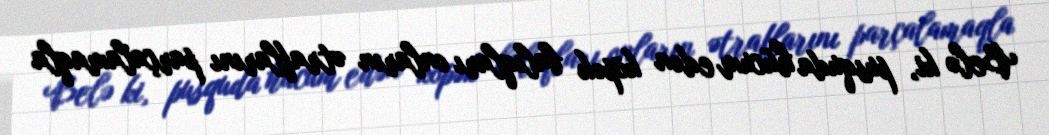
Belə ki, pusquda hücum edən köpək balıqları onların ətraflarını parçalamaqla